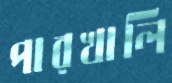
পারখালি